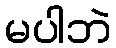
မပါဘဲ